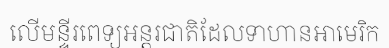
លើមន្ទីរពេទ្យអន្តរជាតិដែលទាហានអាមេរិក